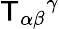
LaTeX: \mathsf{T}_{\alpha\beta}{}^{\gamma}